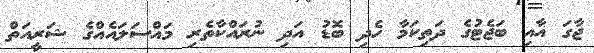
ޖާގަ އާއި ބަޖެޓުގެ ދަތިކަމާ ހެދި ބޮޑު އަދި ނުރައްކާތެރި މައްސަލައެއްގެ ޝަރީއަތް